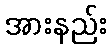
အားနည်း